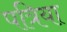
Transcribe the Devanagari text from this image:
पत्रिया